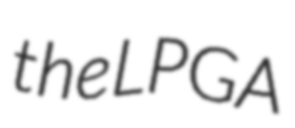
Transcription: the LPGA